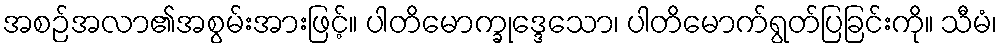
အစဉ်အလာ၏အစွမ်းအားဖြင့်။ ပါတိမောက္ခုဒ္ဒေသော၊ ပါတိမောက်ရွတ်ပြခြင်းကို။ သီမံ၊